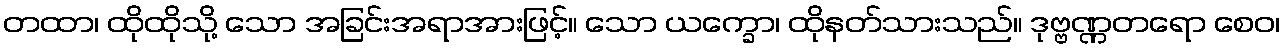
တထာ၊ ထိုထိုသို့ သော အခြင်းအရာအားဖြင့်။ သော ယက္ခော၊ ထိုနတ်သားသည်။ ဒုဗ္ဗဏ္ဏတရော စေဝ၊